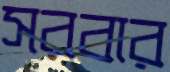
সরবার